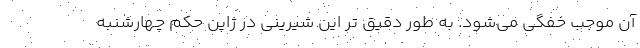
آن موجب خفگی می‌شود. به طور دقیق تر این شیرینی در ژاپن حکم چهارشنبه